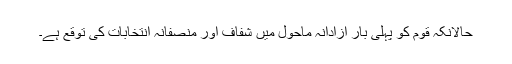
حالانکہ قوم کو پہلی بار آزادانہ ماحول میں شفاف اور منصفانہ انتخابات کی توقع ہے۔